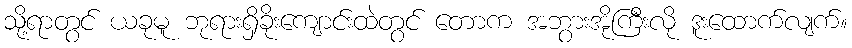
သို့ရာတွင် ယခုမူ ဘုရားရှိခိုးကျောင်းထဲတွင် တောက အဘွားအိုကြီးလို ဒူးထောက်လျက်။